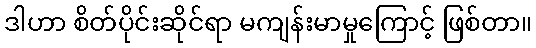
ဒါဟာ စိတ်ပိုင်းဆိုင်ရာ မကျန်းမာမှုကြောင့် ဖြစ်တာ။